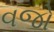
વજો